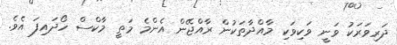
ދަރިވަރަކު ވަނީ ވަކިވަކި މާއްދާތަކުން ރާއްޖޭން އެންމެ މަތީ މާކްސް ހޯދައިފަ އެވެ.